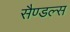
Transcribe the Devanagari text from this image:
सैण्डल्स